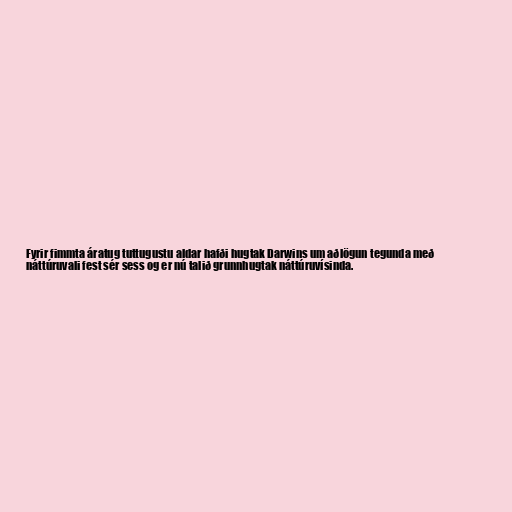
Fyrir fimmta áratug tuttugustu aldar hafði hugtak Darwins um aðlögun tegunda með
náttúruvali fest sér sess og er nú talið grunnhugtak náttúruvísinda.